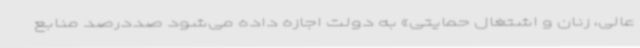
عالی، زنان و اشتغال حمایتی» به دولت اجازه داده می‌شود صددرصد منابع